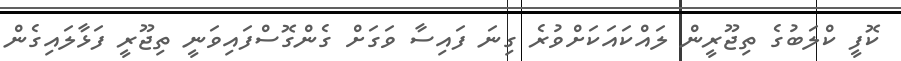
ކޮފީ ކްލަބުގެ ތިޖޫރީން ލައްކައަކަށްވުރެ ގިނަ ފައިސާ ވަގަށް ގެންގޮސްފައިވަނީ ތިޖޫރީ ފަޅާލައިގެން